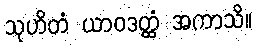
သုဟိတံ ယာဝဒတ္ထံ အကာသိ။